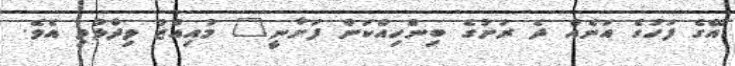
އޭގެ ފަހުގެ އަނެއް ދެ ރަށުގެ ބިންހިއްކަން ފަށާނީ" މުއިއްޒު ވިދާޅުވި އެވެ.